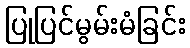
ပြုပြင်မွမ်းမံခြင်း